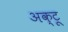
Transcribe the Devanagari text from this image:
अक्टू